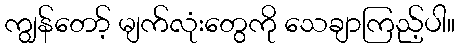
ကျွန်တော့် မျက်လုံးတွေကို သေချာကြည့်ပါ။